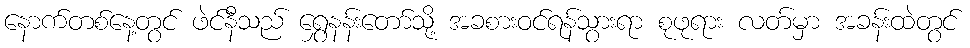
နောက်တစ်နေ့တွင် ဖဲင်နီသည် ရွှေနန်းတော်သို့ အခစားဝင်ရန်သွားရာ စုဖုရား လတ်မှာ အခန်းထဲတွင်